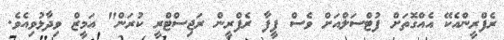
ރެފްރީންއެކޭ އެއްގޮތަށް ފުޓްސަލްއަށް ވެސް ފީފާ ރެފްރީން ރަޖިސްޓްރީ ކުރަން" އަމީޒް ވިދާޅުވިއެވެ.